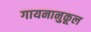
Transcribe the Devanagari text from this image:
गायनानुकूल